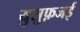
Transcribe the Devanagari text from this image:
युसुफ़जई